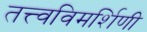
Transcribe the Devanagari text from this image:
तत्त्वविमर्शिणी